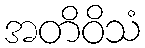
အတိဝိသံ